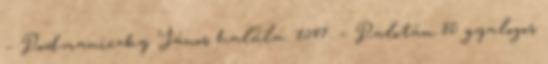
– Podmaniczky János halála. 1547. – Palotán 80 gyalogos